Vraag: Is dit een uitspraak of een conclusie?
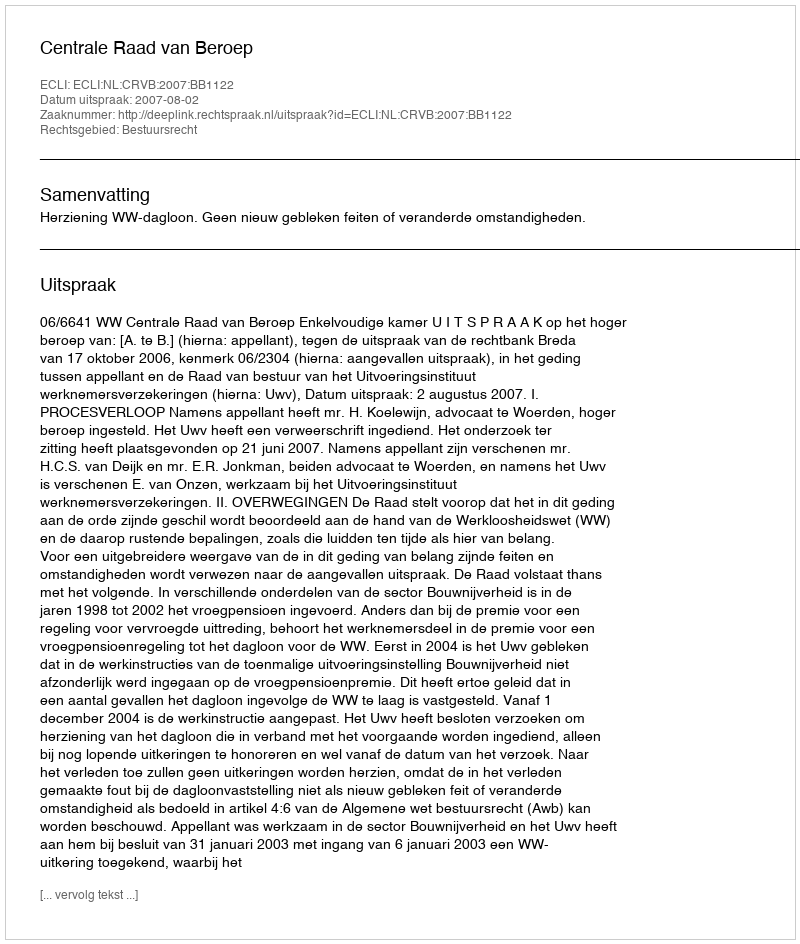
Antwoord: Uitspraak